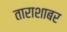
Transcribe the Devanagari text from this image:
ताराशाबर